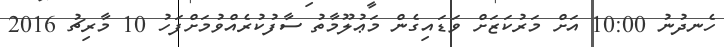
ހެނދުނު 10:00 އަށް މަރުކަޒަށް ވަޑައިގެން މަޢުލޫމާތު ސާފުކުރެއްވުމަށްފަހު 10 މާރިޗު 2016